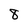
Character: 8